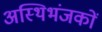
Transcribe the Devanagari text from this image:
अस्थिभंजकों